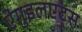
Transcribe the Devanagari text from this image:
ऐगुइलएट्स